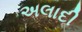
અલાદી